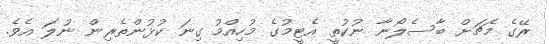
ރޭގެ މެޗަށް ބާސެލޯނާ ނުކުތީ އެޓީމުގެ މުހިއްމު ގިނަ ކުޅުންތެރިން ނުލަ އެވެ.